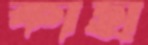
কাছা